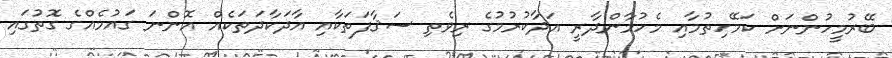
ބޭރުމީހުންނަށް ކަމޭހިތުމާއި މެހުމާންދާރީ އަދާކުރުމުގެ ރިވެތި ސަޤާފަތަކާއި އާދަކާދަތަކެއް އޮންނަ ގައުމެއްގެ ގޮތުގައި